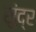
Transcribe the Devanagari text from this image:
सुंद्र